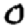
Digit: 0